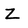
Character: Z